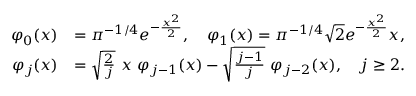
\begin{array} { r l } { \varphi _ { 0 } ( x ) } & { = \pi ^ { - 1 / 4 } e ^ { - \frac { x ^ { 2 } } { 2 } } , \quad \varphi _ { 1 } ( x ) = \pi ^ { - 1 / 4 } \sqrt { 2 } e ^ { - \frac { x ^ { 2 } } { 2 } } x , } \\ { \varphi _ { j } ( x ) } & { = \sqrt { \frac { 2 } { j } } \ x \ \varphi _ { j - 1 } ( x ) - \sqrt { \frac { j - 1 } { j } } \ \varphi _ { j - 2 } ( x ) , \quad j \geq 2 . } \end{array}